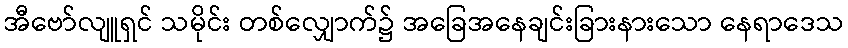
အီဗော်လျူရှင် သမိုင်း တစ်လျှောက်၌ အခြေအနေချင်းခြားနားသော နေရာဒေသ